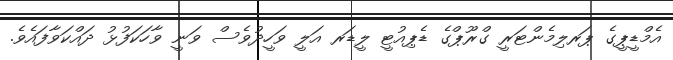
އެމްޑީޕީގެ ޕަރލިމެންޓަރީ ގްްރޫޕްގެ ޑެޕިއުޓީ ލީޑަރ އަލީ ވަހީދުވެސް ވަނީ ވާހަކަފުޅު ދައްކަވާފައެވެ.